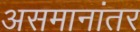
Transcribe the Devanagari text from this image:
असमानांतर